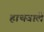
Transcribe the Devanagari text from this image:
हाथवाले